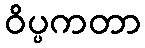
ဝိပ္ပကတာ